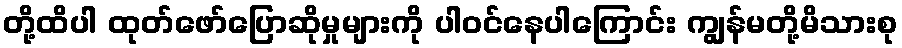
တို့ထိပါ ထုတ်ဖော်ပြောဆိုမှုများကို ပါဝင်နေပါကြောင်း ကျွန်မတို့မိသားစု